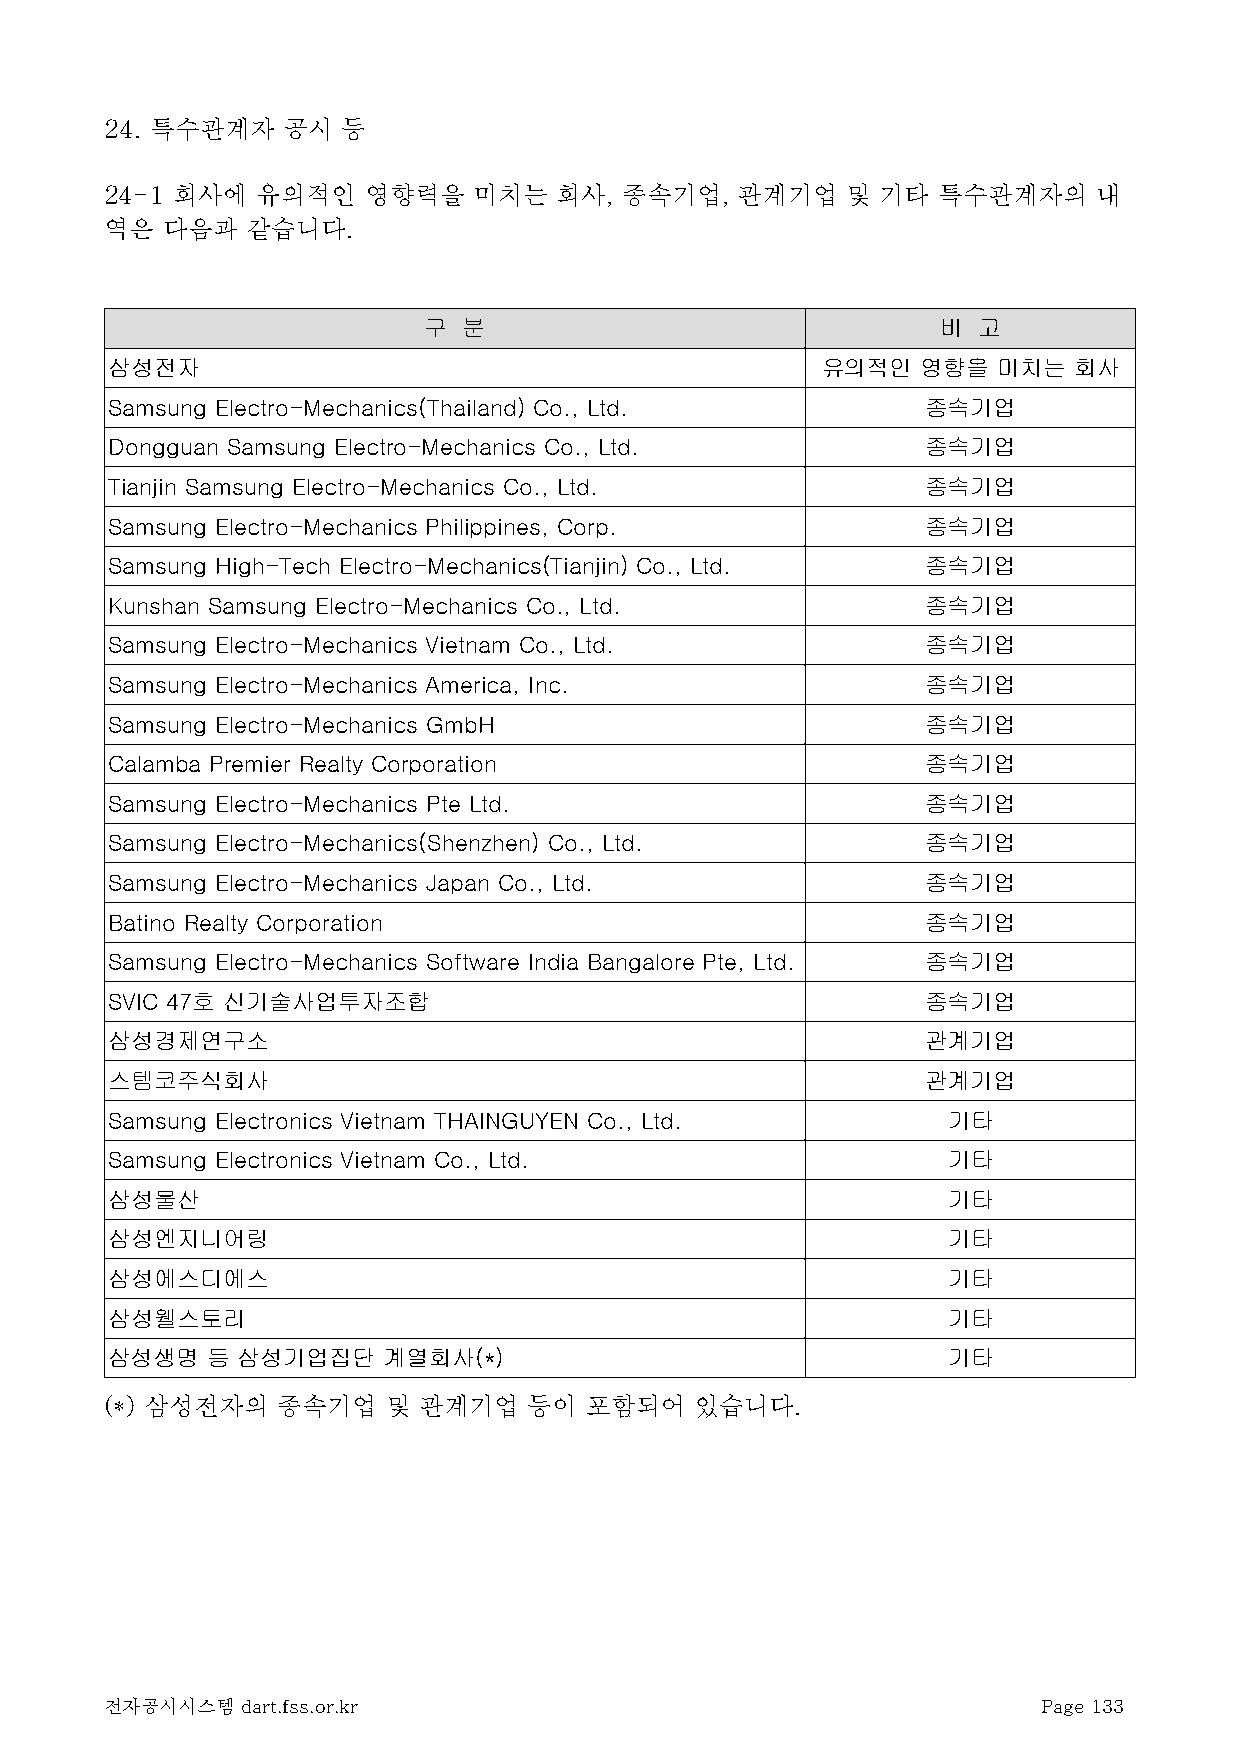
24. 특수관계자   공시  등
 24-1 회사에  유의적인   영향력을   미치는   회사, 종속기업,   관계기업   및 기타  특수관계자의     내
 역은  다음과  같습니다.
 구  분                              비  고
 삼성전자                                           유의적인   영향을  미치는  회사
 Samsung Electro-Mechanics(Thailand) Co., Ltd.         종속기업
 Dongguan Samsung Electro-Mechanics Co., Ltd.          종속기업
 Tianjin Samsung Electro-Mechanics Co., Ltd.           종속기업
 Samsung Electro-Mechanics Philippines, Corp.          종속기업
 Samsung High-Tech Electro-Mechanics(Tianjin) Co., Ltd. 종속기업
 Kunshan Samsung Electro-Mechanics Co., Ltd.           종속기업
 Samsung Electro-Mechanics Vietnam Co., Ltd.           종속기업
 Samsung Electro-Mechanics America, Inc.               종속기업
 Samsung Electro-Mechanics GmbH                        종속기업
 Calamba Premier Realty Corporation                    종속기업
 Samsung Electro-Mechanics Pte Ltd.                    종속기업
 Samsung Electro-Mechanics(Shenzhen) Co., Ltd.         종속기업
 Samsung Electro-Mechanics Japan Co., Ltd.             종속기업
 Batino Realty Corporation                             종속기업
 Samsung Electro-Mechanics Software India Bangalore Pte, Ltd. 종속기업
 SVIC 47호 신기술사업투자조합                                    종속기업
 삼성경제연구소                                               관계기업
 스템코주식회사                                               관계기업
 Samsung Electronics Vietnam THAINGUYEN Co., Ltd.        기타
 Samsung Electronics Vietnam Co., Ltd.                   기타
 삼성물산                                                    기타
 삼성엔지니어링                                                 기타
 삼성에스디에스                                                 기타
 삼성웰스토리                                                  기타
 삼성생명   등 삼성기업집단   계열회사(*)                               기타
 (*) 삼성전자의  종속기업    및 관계기업   등이  포함되어   있습니다.
 전자공시시스템  dart.fss.or.kr                                       Page 133